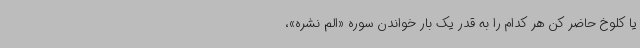
یا کلوخ حاضر کن هر کدام را به قدر یک بار خواندن سوره «الم نشره»،